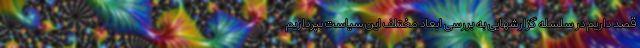
قصد داریم در سلسله گزارشهایی به بررسی ابعاد مختلف این سیاست بپردازیم